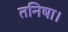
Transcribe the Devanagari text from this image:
तनिषा।